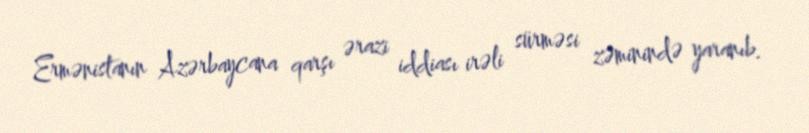
Ermənistanın Azərbaycana qarşı ərazi iddiası irəli sürməsi zəminində yaranıb.